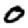
Digit: 0